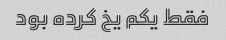
فقط یکم یخ کرده بود